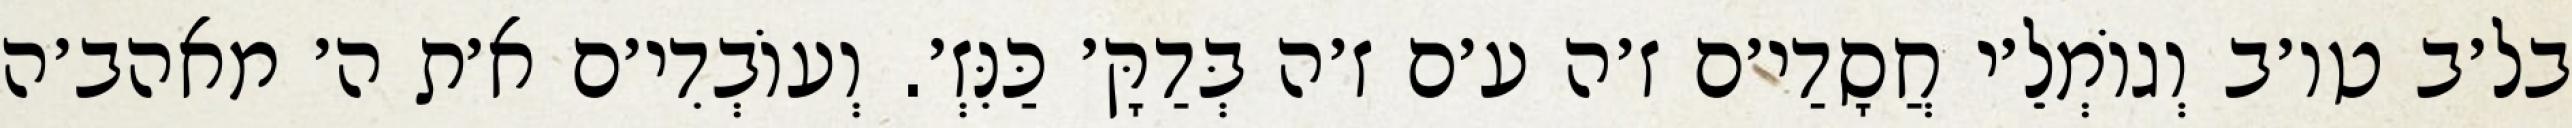
בל׳ב טו׳ב וְגוֹמְלֵ׳י חֲסָדַי׳ם ז׳ה ע׳ם ז׳ה בְּדַקָּ׳ כַּנִּזְ׳. וְעוֹבְדִי׳ם א׳ת ה׳ מאהב׳ה